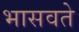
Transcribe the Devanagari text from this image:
भासवते